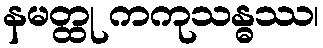
နမတ္ထု ကကုသန္ဓဿ၊